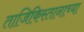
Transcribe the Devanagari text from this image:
ताजिकिस्तानाच्या